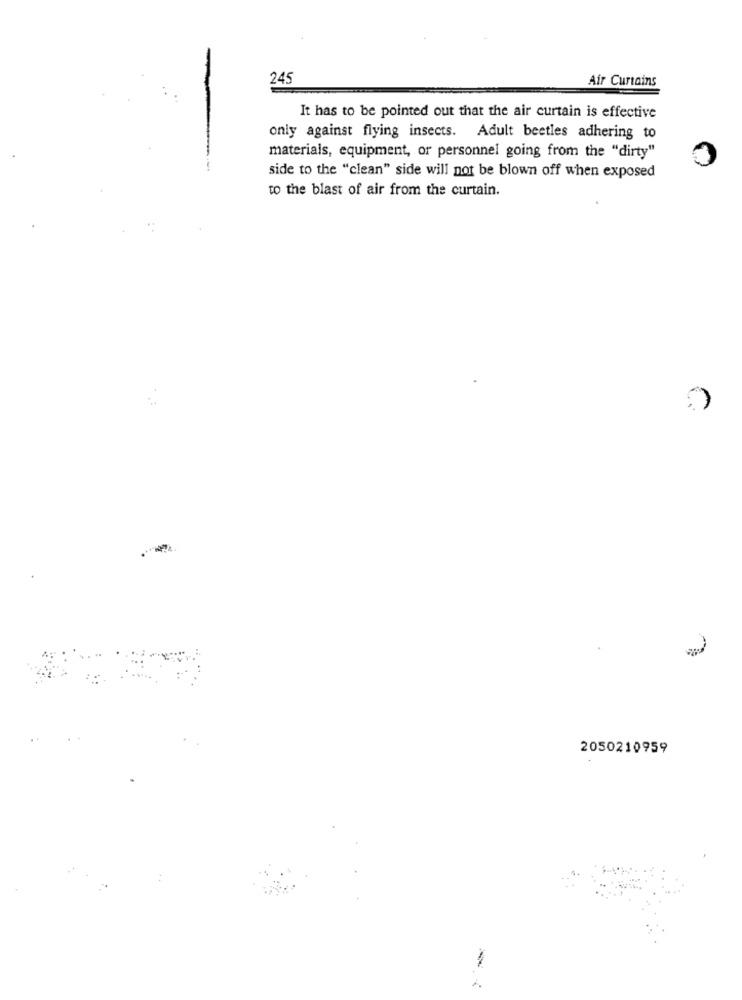
245
Air Curtains
It has to be pointed out that the air curtain is effective
only against flying insects. Adult beetles adhering to
materials, equipment, or personnel going from the "dirty"
0
side to the "clean" side will not be blown off when exposed
to the blast of air from the curtain.
2050210959